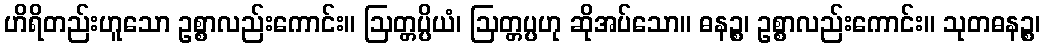
ဟိရိတည်းဟူသော ဥစ္စာလည်းကောင်း။ ဩတ္တပ္ပိယံ၊ ဩတ္တပ္ပဟု ဆိုအပ်သော။ ဓနဉ္စ၊ ဥစ္စာလည်းကောင်း။ သုတဓနဉ္စ၊